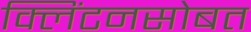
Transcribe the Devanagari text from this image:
क्लिंटनसोबत